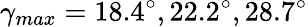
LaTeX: \gamma_{max}=18.4^{\circ},22.2^{\circ},28.7^{\circ}